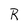
Character: R